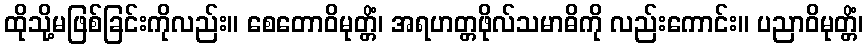
ထိုသို့မဖြစ်ခြင်းကိုလည်း။ စေတောဝိမုတ္တိံ၊ အရဟတ္တဖိုလ်သမာဓိကို လည်းကောင်း။ ပညာဝိမုတ္တိံ၊